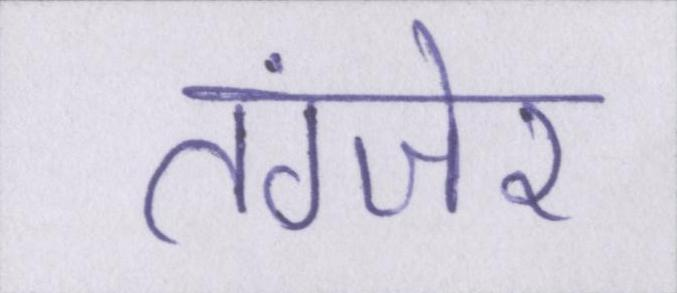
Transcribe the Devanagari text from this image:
तंग्जेर